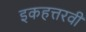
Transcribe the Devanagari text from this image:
इकहत्तरवीं